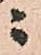
ニ